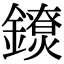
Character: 𨭼